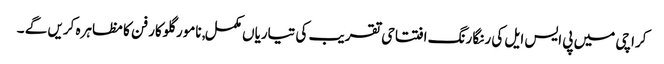
کراچی میں پی ایس ایل کی رنگا رنگ افتتاحی تقریب کی تیاریاں مکمل, نامور گلوکار فن کا مظاہرہ کریں گے ۔